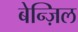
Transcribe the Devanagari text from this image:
बेन्ज़िल